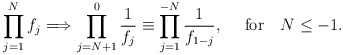
\begin{align*}\prod_{j=1}^N f_j\Longrightarrow \prod_{j=N+1}^0 {1\over f_j}\equiv \prod_{j=1}^{-N} {1\over f_{1-j}}, \quad\hbox{ for}\quad N\leq -1.\end{align*}